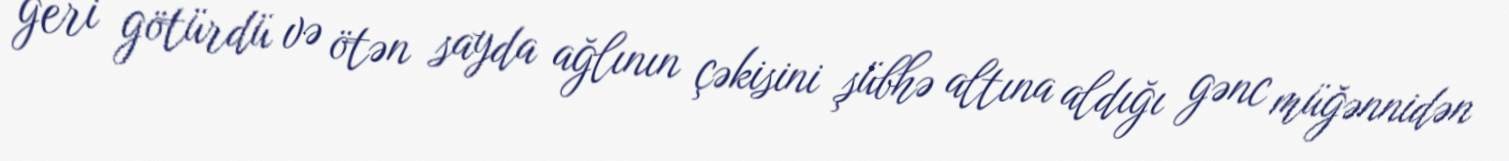
geri götürdü və ötən sayda ağlının çəkisini şübhə altına aldığı gənc müğənnidən